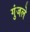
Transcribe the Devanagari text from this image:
गुंजले